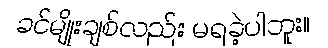
ခင်မျိုးချစ်လည်း မရခဲ့ပါဘူး။